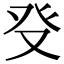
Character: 𤼦